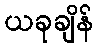
ယခုချိန်